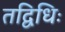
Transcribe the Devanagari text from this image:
तद्विधिः